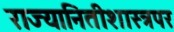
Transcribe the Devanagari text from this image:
राज्यानितीशास्त्रपर